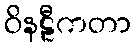
ဝိနဠီကတာ